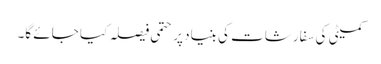
کمیٹی کی سفارشات کی بنیاد پر حتمی فیصلہ کیا جائے گا۔